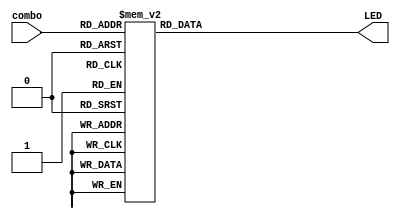
`timescale 1ns / 1ps
module combo(combo,LED);

input [3:0] combo;
output reg[15:0]LED;
reg [6:0]delay;
reg[3:0] LED_delay;
reg bright = 0;
always@(combo or delay)
begin

 case(combo)
			 4'd0: LED = 16'b0000000000000000;
			 4'd1: LED = 16'b0000000000000001;
			 4'd2: LED = 16'b0000000000000011;
			 4'd3: LED = 16'b0000000000000111;
			 4'd4: LED = 16'b0000000000001111;
			 4'd5: LED = 16'b0000000000011111;
			 4'd6: LED = 16'b0000000000111111;
			 4'd7: LED = 16'b0000000001111111;
			 4'd8: LED = 16'b0000000011111111;
			 4'd9: LED = 16'b0000000111111111;
			 4'd10: LED = 16'b0000001111111111;
			 4'd11: LED = 16'b0000011111111111;
			 4'd12: LED = 16'b0000111111111111;
			 4'd13: LED = 16'b0001111111111111;
			 4'd14: LED = 16'b0011111111111111;
			 4'd15: LED = 16'b0111111111111111;
 endcase
 /*if(combo == 4'd15)
  begin
	delay = 0;
	bright = 1;
  end;
 if(delay[6] == 0 && bright == 1)
  begin
	delay = delay +1;
	case(LED_delay)
			 4'd0: LED = 16'b0000000000000000;
			 4'd1: LED = 16'b0000000000000001;
			 4'd2: LED = 16'b0000000000000011;
			 4'd3: LED = 16'b0000000000000111;
			 4'd4: LED = 16'b0000000000001111;
			 4'd5: LED = 16'b0000000000011111;
			 4'd6: LED = 16'b0000000000111111;
			 4'd7: LED = 16'b0000000001111111;
			 4'd8: LED = 16'b0000000011111111;
			 4'd9: LED = 16'b0000000111111111;
			 4'd10: LED = 16'b0000001111111111;
			 4'd11: LED = 16'b0000011111111111;
			 4'd12: LED = 16'b0000111111111111;
			 4'd13: LED = 16'b0001111111111111;
			 4'd14: LED = 16'b0011111111111111;
			 4'd15: LED = 16'b0111111111111111;
	endcase
	LED_delay = LED_delay+1;
  end
  if(delay[6] == 1 && bright == 1)
  begin
	bright = 0;
  end*/
end


endmodule